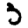
Digit: 3